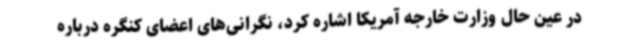
در عین حال وزارت خارجه آمریکا اشاره کرد، نگرانی‌های اعضای کنگره درباره